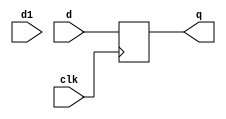
module top
    ( input d, d1, clk, output reg q );
	always @( posedge clk )
            q <= d;
endmodule